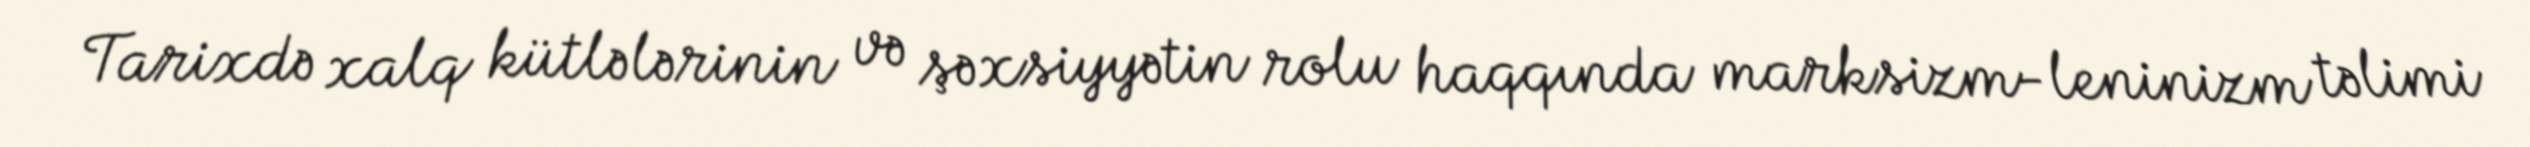
Tarixdə xalq kütlələrinin və şəxsiyyətin rolu haqqında marksizm-leninizm təlimi